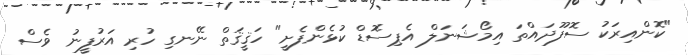
"ކޮންއިރަކު ސޮފޫދައްތަ އިމޯޝަނަލް އެޕިސޮޑް ކުޅެންފެށީ" ހަޤީޤަތް ނޭނގި ހުރި އަރުފީނު ވެސް